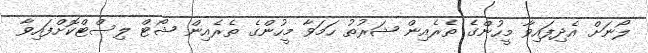
ލޯނަށް އެދިފައިވާ މީހުންގެ ތެރެއިން ޝަރުތު ހަމަވާ މީހުންގެ ތެރެއިން ޝޯޓް ލިސްޓްކޮށްފައިވާ